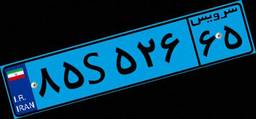
۸۵S۵۲۶۶۵